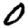
Digit: 0